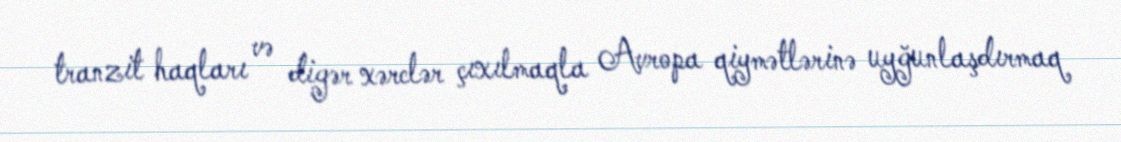
tranzit haqları və digər xərclər çıxılmaqla Avropa qiymətlərinə uyğunlaşdırmaq